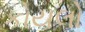
કોયલો